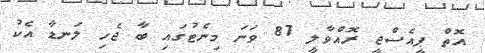
އޮތް ޕީއެސްޖީ ރޮއްވާލީ 87 ވަނަ މިނެޓުގައި ބާ ޖެހި ލަނޑާ އެކު